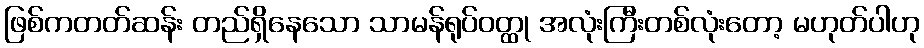
ဖြစ်ကတတ်ဆန်း တည်ရှိနေသော သာမန်ရုပ်ဝတ္ထု အလုံးကြီးတစ်လုံးတော့ မဟုတ်ပါဟု